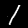
Digit: 1